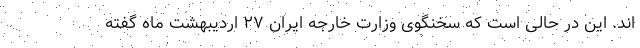
اند. این در حالی است که سخنگوی وزارت خارجه ایران ۲۷ ارديبهشت ماه گفته